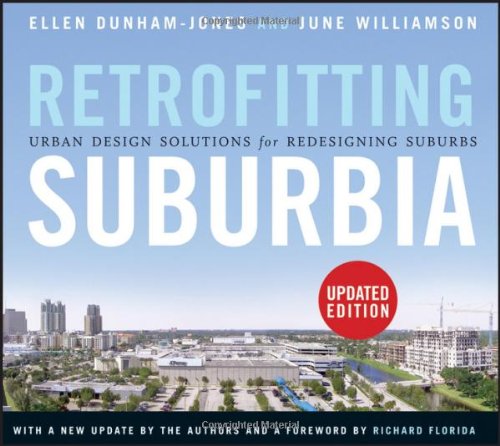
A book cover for Retrofitting Suburbia, Updated Edition: Urban Design Solutions for Redesigning Suburbs; Ellen Dunham-Jones; Arts & Photography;